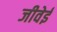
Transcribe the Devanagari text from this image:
जीवेई